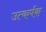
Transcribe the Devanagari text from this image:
उत्कर्षक